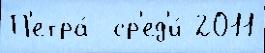
П'етра́  ср'ед'и́ 2011